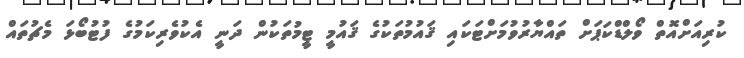
ކުރިއަށްއޮތް ވޯލްޑްކަޕަށް ތައްޔާރުވުމަށްޓަކައި ޤައުމުތަކުުގެ ޤައުމީ ޓީމުތަކުން ދަނީ އެކުވެރިކަމުގެ ފުޓުބޯޅަ މެޗުތައް